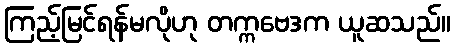
ကြည့်မြင်ရန်မလိုဟု တက္ကဗေဒက ယူဆသည်။